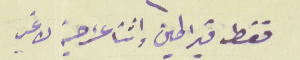
فقط قيراطين واثنا عشر حبة لا غير